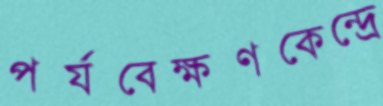
পর্যবেক্ষণকেন্দ্রে